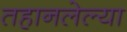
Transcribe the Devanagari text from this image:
तहानलेल्या